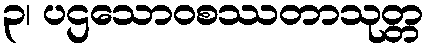
၃၊ ပဌသောဝစဿတာသုတ္တ